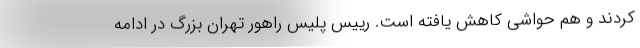
کردند و هم حواشی کاهش یافته است. رییس پلیس راهور تهران بزرگ در ادامه